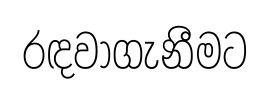
රඳවාගැනීමට